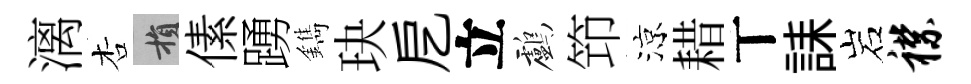
漓杏損傃踴鐫玦戹立鸕笻涼耤丅誄岩襟